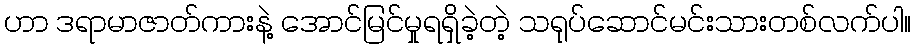
ဟာ ဒရာမာဇာတ်ကားနဲ့ အောင်မြင်မှုရရှိခဲ့တဲ့ သရုပ်ဆောင်မင်းသားတစ်လက်ပါ။